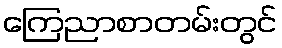
ကြေညာစာတမ်းတွင်